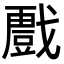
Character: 𭟾